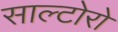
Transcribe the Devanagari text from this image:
साल्टोरो